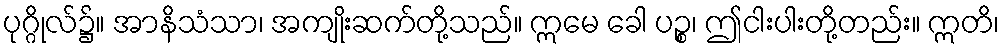
ပုဂ္ဂိုလ်၌။ အာနိသံသာ၊ အကျိုးဆက်တို့သည်။ ဣမေ ခေါ ပဉ္စ၊ ဤငါးပါးတို့တည်း။ ဣတိ၊